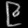
Digit: ၉